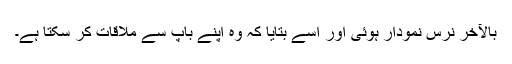
بالآخر نرس نمودار ہوئی اور اسے بتایا کہ وہ اپنے باپ سے ملاقات کر سکتا ہے۔